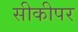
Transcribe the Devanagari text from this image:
सीकीपर